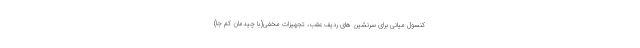
کنسول میانی برای سرنشین های ردیف عقب، تجهیزات مخفی(با چیدمان کم جا)